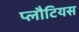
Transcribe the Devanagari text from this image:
प्लौटियस